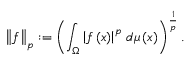
\left\Vert { f } \right\Vert _ { p } : = \left( \int _ { \Omega } \left\vert { f } \left( x \right) \right\vert ^ { p } \, { d \mu \left( x \right) } \right) ^ { \frac { 1 } { p } } .